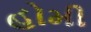
હોમી